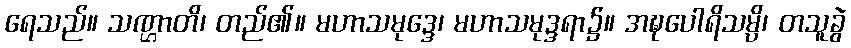
ရေသည်။ သဏ္ဌာတိ၊ တည်၏။ မဟာသမုဒ္ဒေ၊ မဟာသမုဒ္ဒရာ၌။ အဍ္ဎပေါရိသမ္ပိ၊ တသူခွဲ